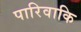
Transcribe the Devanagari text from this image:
पारिवाकि